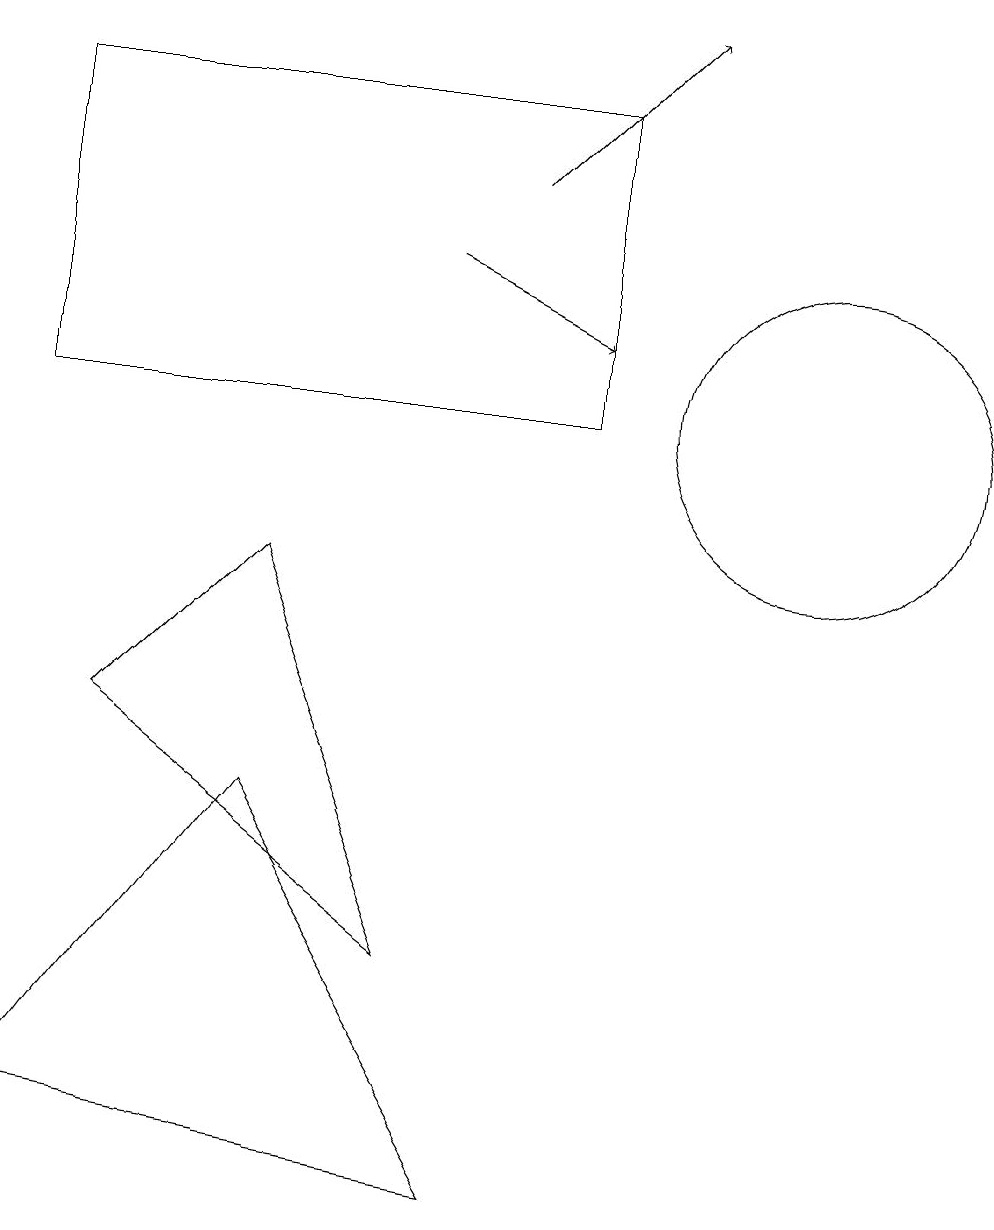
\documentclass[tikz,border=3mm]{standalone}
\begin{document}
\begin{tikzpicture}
\draw (3,5) -- (0,1) -- (6,0) -- cycle;
\draw[->] (6,13) -- (8,15);
\draw (10,10) circle (2);
\draw (1,6) -- (5,3) -- (3,8) -- cycle;
\draw[->] (5,12) -- (7,11);
\draw (7,10) rectangle (0,14);
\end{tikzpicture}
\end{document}